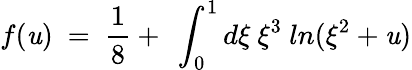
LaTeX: f(\mathit{u})\ =\ \frac{{1}}{{8}}+\ \int_{0}^{1}d\xi\ \xi^{3}\ ln(\xi^{2}+\mathit{u})